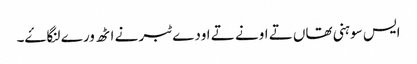
ایس سوہنی تھاں تے اونے تے اودے ٹبر نے اٹھ ورے لنگاۓ۔